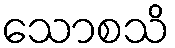
သောစသိ